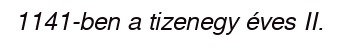
1141-ben a tizenegy éves II.